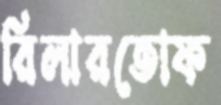
রিলারতোফ